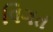
વિગત